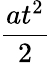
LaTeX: \frac{at^{2}}{2}